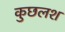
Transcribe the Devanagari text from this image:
कुछलश